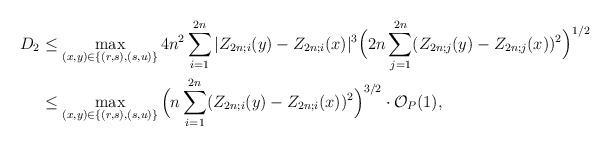
LaTeX: \begin{align*} D_2 & \leq \max_{\substack{(x,y) \in \{ (r,s), (s,u) \}}} 4n^2 \sum_{i=1}^{2n} |Z_{2n;i}(y) - Z_{2n;i}(x)|^3 \Big( 2n \sum_{j=1}^{2n} (Z_{2n;j}(y) - Z_{2n;j}(x))^2 \Big)^{1/2} \\ & \leq \max_{\substack{(x,y) \in \{ (r,s), (s,u) \}}} \Big( n \sum_{i=1}^{2n} (Z_{2n;i}(y) - Z_{2n;i}(x))^2 \Big)^{3/2} \cdot \mathcal{O}_P(1), \end{align*}